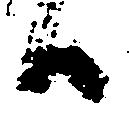
候